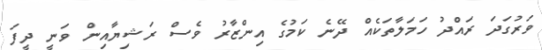
ވަރުގަދަ ރައްދު ހަމަލާތަކެއް ދޭނެ ކަމުގެ އިންޒާރު ވެސް ރަޝިޔާއިން ވަނީ ދީފަ